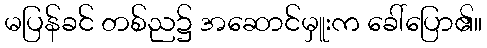
မပြန်ခင် တစ်ည၌ အဆောင်မှူးက ခေါ်ပြော၏။